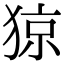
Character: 猄